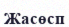
Жасөсп